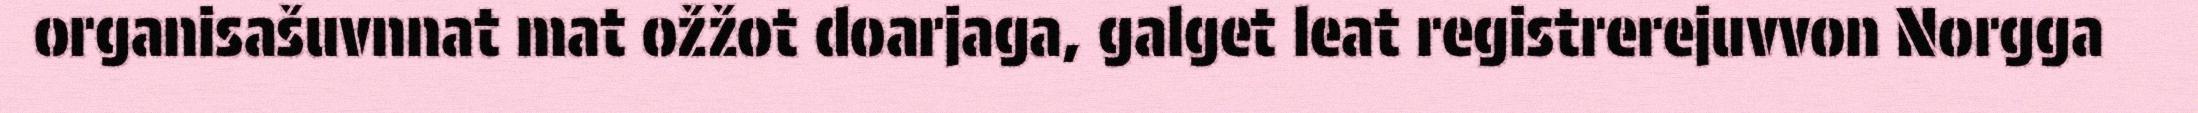
organisašuvnnat mat ožžot doarjaga, galget leat registrerejuvvon Norgga